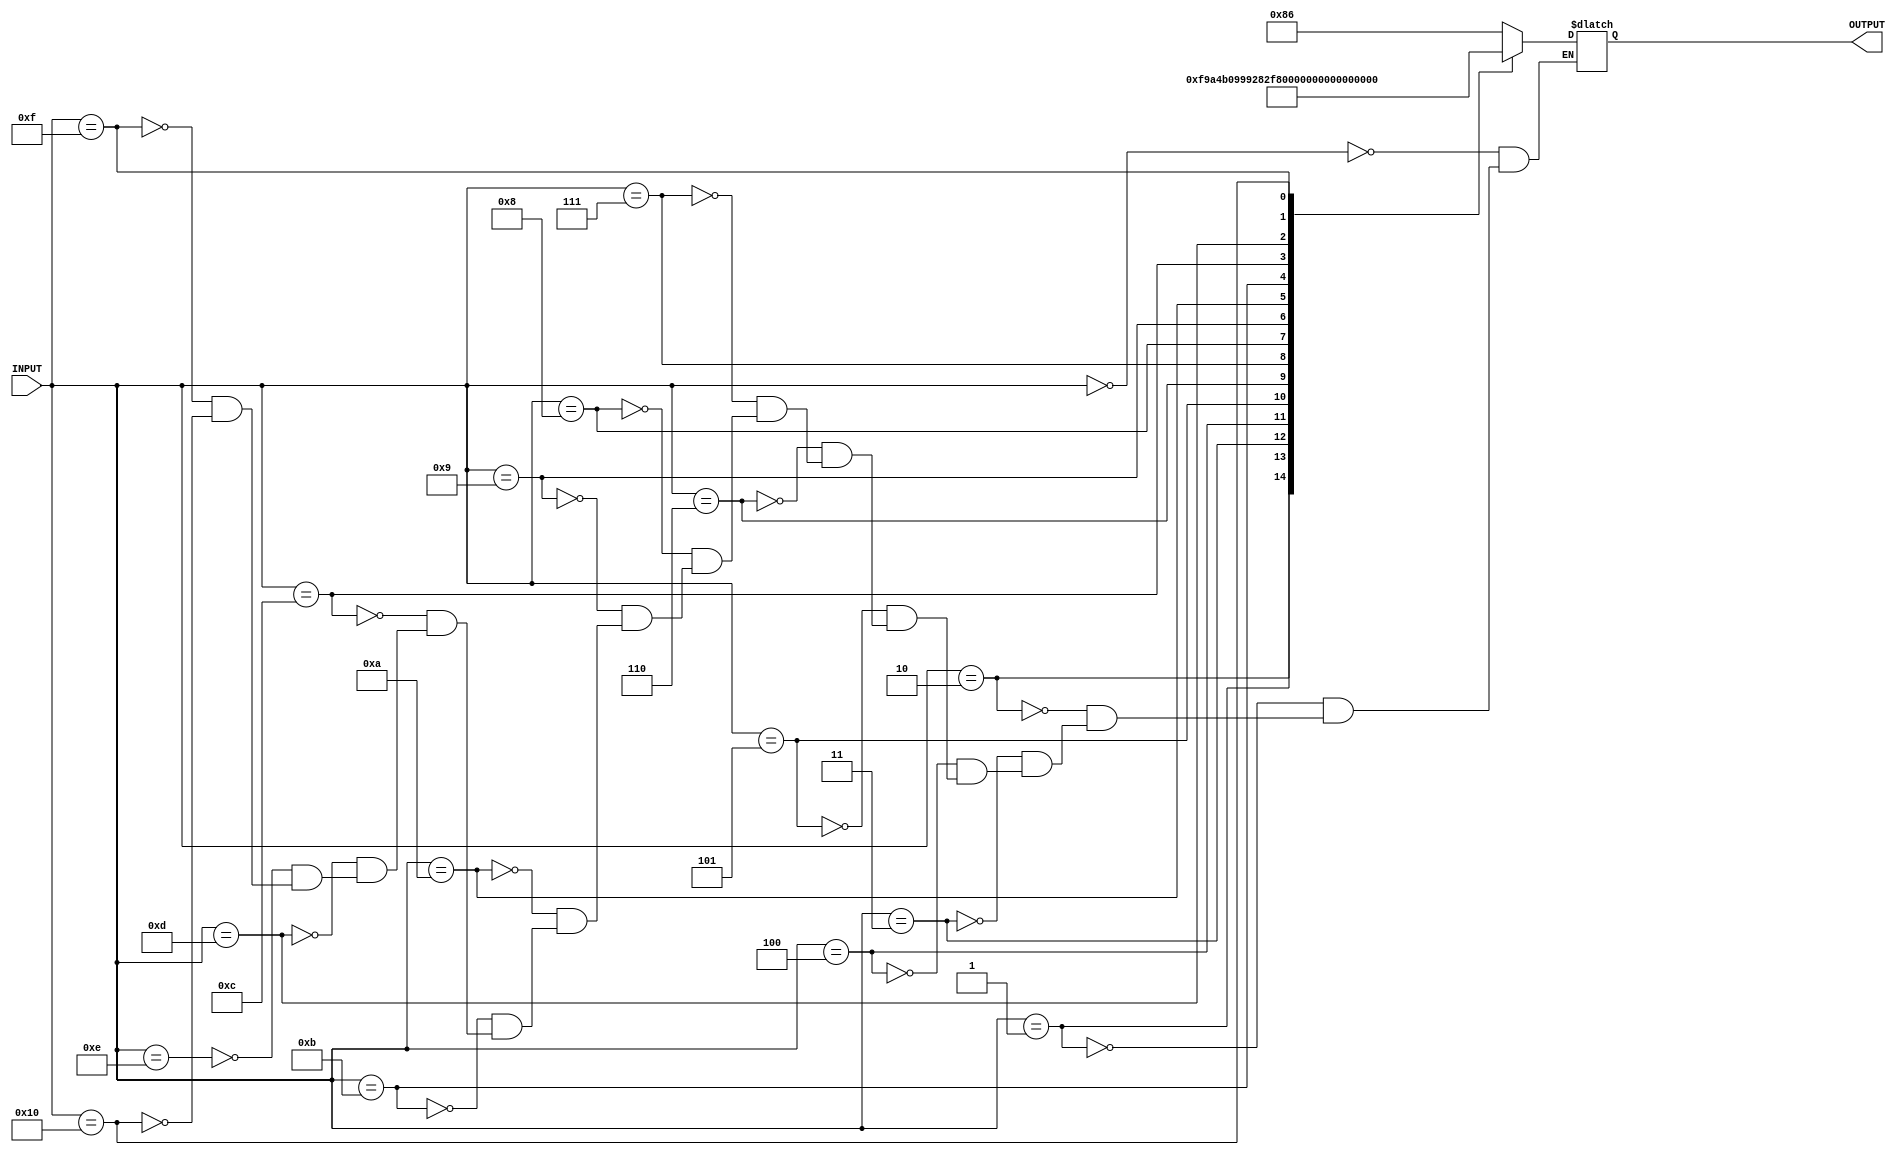
`timescale 1ns / 1ps
//////////////////////////////////////////////////////////////////////////////////
// Company: 
// Engineer: 
// 
// Design Name: 
// Module Name: 7_segment_display
// Project Name: 
// Target Devices: 
// Tool Versions: 
// Description: 
// 
// Dependencies: 
// 
// Revision:
// Revision 0.01 - File Created
// Additional Comments:
// 
//////////////////////////////////////////////////////////////////////////////////


module seven_segment_display(input [4:0] INPUT, output reg [7:0] OUTPUT);

    reg [7:0] num0 = 8'b10000110;
    reg [7:0] num1 = 8'b11111001;
    reg [7:0] num2 = 8'b10100100;
    reg [7:0] num3 = 8'b10110000;
    reg [7:0] num4 = 8'b10011001;
    reg [7:0] num5 = 8'b10010010;
    reg [7:0] num6 = 8'b10000010;
    reg [7:0] num7 = 8'b11111000;
    reg [7:0] num8 = 8'b10000000;
    reg [7:0] num9 = 8'b10010000;
    reg [7:0] num10 = 8'b10001000;
    reg [7:0] num11 = 8'b10000011;
    reg [7:0] num12 = 8'b11000110;
    reg [7:0] num13 = 8'b10100001;
    reg [7:0] num14 = 8'b10000110;
    reg [7:0] num15 = 8'b10001110;
    reg [7:0] num16 = 8'b00001110;
    
    
    
    always @ (INPUT) begin
        case(INPUT)
            5'd0: OUTPUT = num0;
            5'd1: OUTPUT = num1;
            5'd2: OUTPUT = num2;
            5'd3: OUTPUT = num3;
            5'd4: OUTPUT = num4;
            5'd5: OUTPUT = num5;
            5'd6: OUTPUT = num6;
            5'd7: OUTPUT = num7;
            5'd8: OUTPUT = num8;
            5'd9: OUTPUT = num9;
            5'd10: OUTPUT = num10;
            5'd11: OUTPUT = num11;
            5'd12: OUTPUT = num12;
            5'd13: OUTPUT = num13;
            5'd14: OUTPUT = num14;
            5'd15: OUTPUT = num15;
            5'd16: OUTPUT = num16;
        endcase
    end
        
endmodule